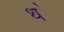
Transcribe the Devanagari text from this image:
थ॓